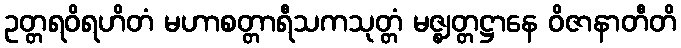
ဥတ္တရဝိရဟိတံ မဟာစတ္တာရီသကသုတ္တံ မဇ္ဈတ္တဋ္ဌာနေ ဝိဇာနာတီတိ